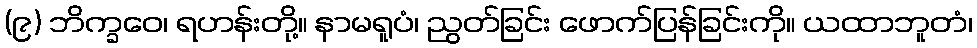
(၉) ဘိက္ခဝေ၊ ရဟန်းတို့။ နာမရူပံ၊ ညွတ်ခြင်း ဖောက်ပြန်ခြင်းကို။ ယထာဘူတံ၊